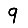
Digit: 9